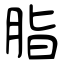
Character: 脂